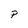
Character: P